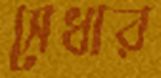
সেধার